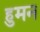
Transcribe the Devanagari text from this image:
हुमन